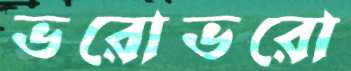
ভরোভরো